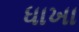
ધાખા